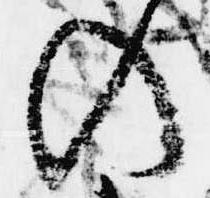
の